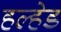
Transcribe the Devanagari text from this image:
हल्हेड